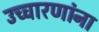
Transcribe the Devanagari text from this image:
उच्चारणांना